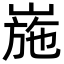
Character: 崺